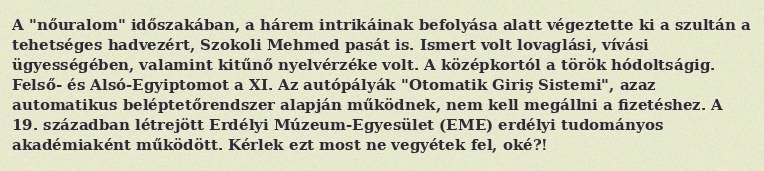
A "nőuralom" időszakában, a hárem intrikáinak befolyása alatt végeztette ki a szultán a tehetséges hadvezért, Szokoli Mehmed pasát is. Ismert volt lovaglási, vívási ügyességében, valamint kitűnő nyelvérzéke volt. A középkortól a török hódoltságig. Felső- és Alsó-Egyiptomot a XI. Az autópályák "Otomatik Giriş Sistemi", azaz automatikus beléptetőrendszer alapján működnek, nem kell megállni a fizetéshez. A 19. században létrejött Erdélyi Múzeum-Egyesület (EME) erdélyi tudományos akadémiaként működött. Kérlek ezt most ne vegyétek fel, oké?!